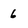
Character: 6